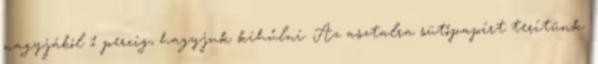
nagyjából 1 percig, hagyjuk kihűlni. Az asztalra sütőpapírt terítünk.